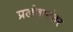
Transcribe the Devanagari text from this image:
प्रलंबानंतर